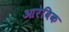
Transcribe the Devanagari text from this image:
आरेबिक